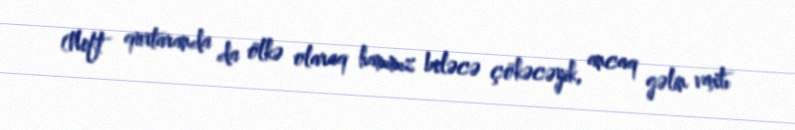
(Neft qurtaranda da ölkə olaraq hamımız beləcə çökəcəyik, ancaq gəlin vaxtı